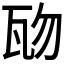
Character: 𤬱